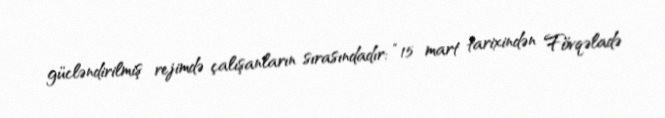
gücləndirilmiş rejimdə çalışanların sırasındadır: “15 mart tarixindən Fövqəladə